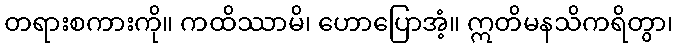
တရားစကားကို။ ကထိဿာမိ၊ ဟောပြောအံ့။ ဣတိမနသိကရိတွာ၊